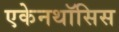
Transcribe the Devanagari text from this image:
एकेनथॉसिस